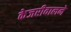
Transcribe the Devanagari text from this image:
केजरीवालने